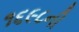
૧૬૯૮ની